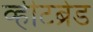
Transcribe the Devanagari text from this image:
व्हीटब्रेड